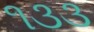
૧૩૩